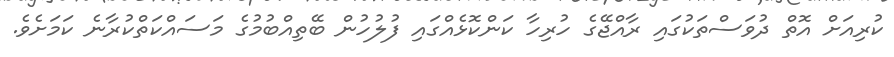
ކުރިއަށް އޮތް ދުވަސްތަކުގައި ރާއްޖޭގެ ހުރިހާ ކަންކޮޅެއްގައި ފުލުހުން ބޭތިއްބުމުގެ މަސައްކަތްކުރާނެ ކަމަށެވެ.